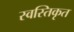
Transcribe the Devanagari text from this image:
स्वस्तिकृत